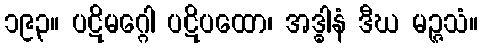
၁၉၃။ ပဋိမဂ္ဂေါ ပဋိပထော၊ အဒ္ဓါနံ ဒီဃ မဉ္ဇသံ။